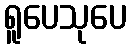
ရူပေသုပေ